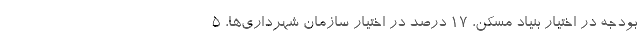
بودجه در اختیار بنیاد مسکن، ۱۷ درصد در اختیار سازمان شهرداری‌ها، ۵